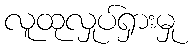
လူထုလှုပ်ရှားမှု